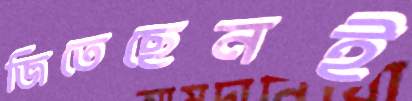
জিতেছেনই